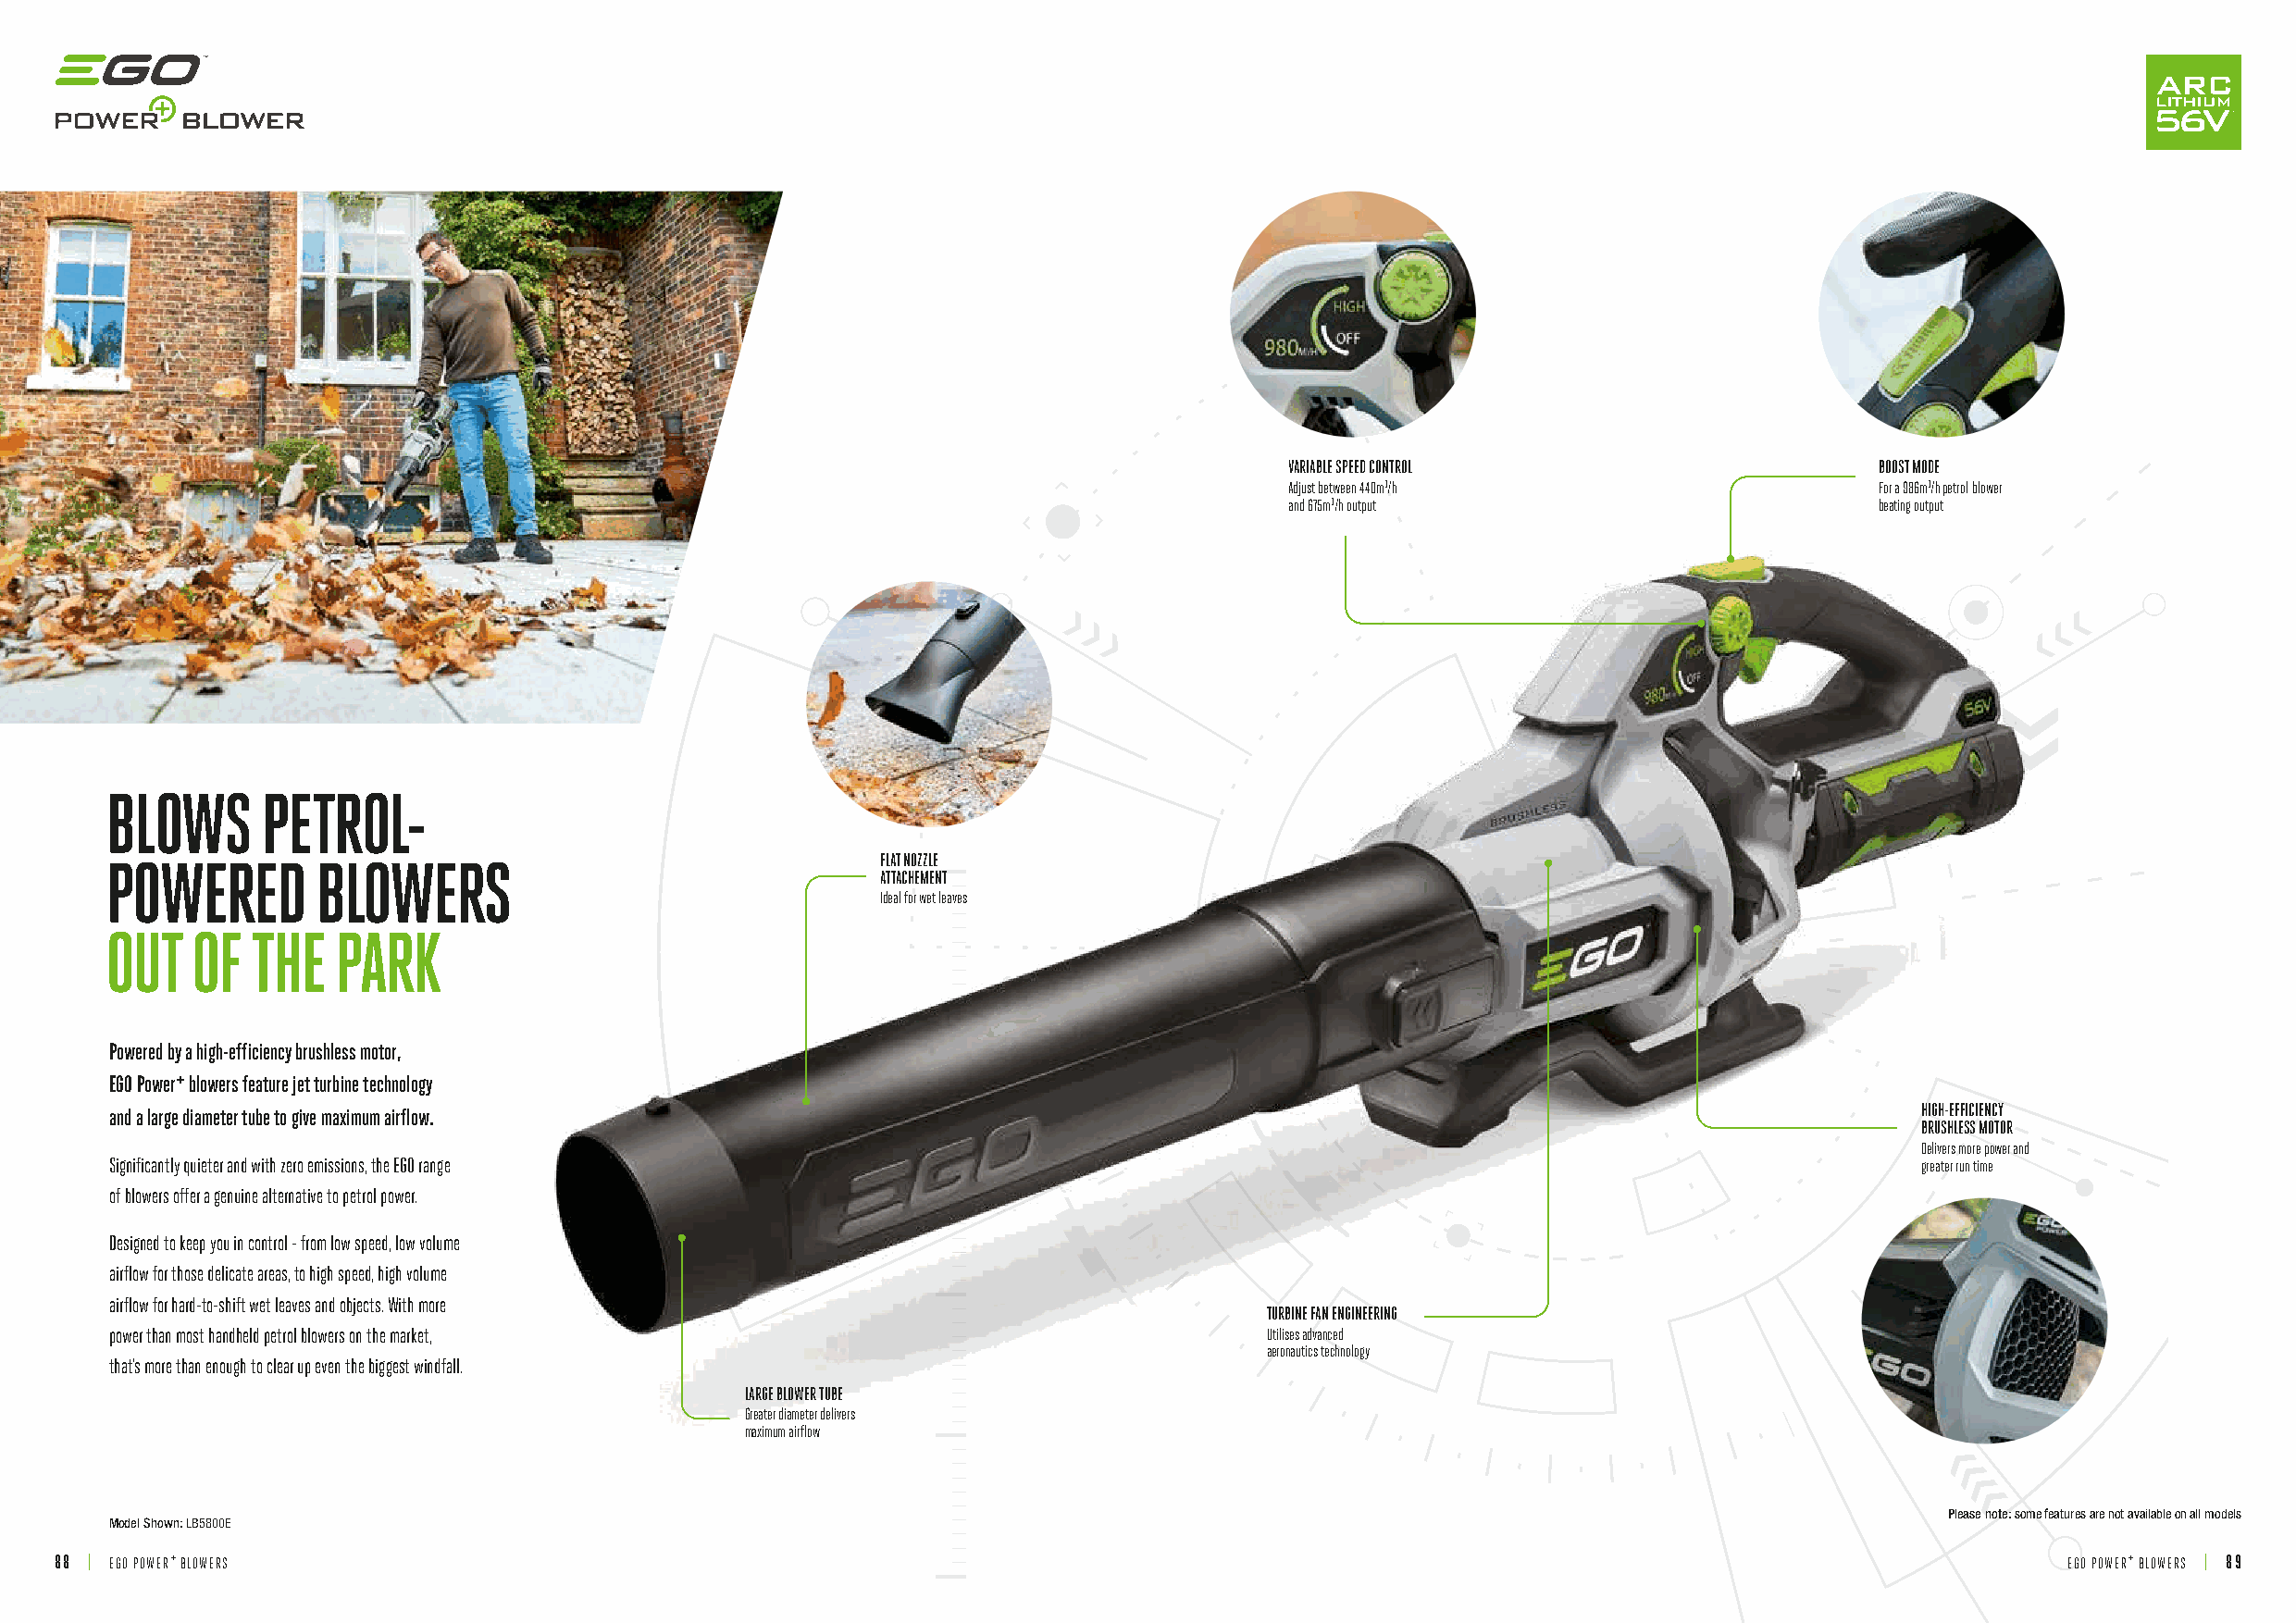
VARIABLE SPEED CONTROL                    BOOST MODE
 Adjust between 440m3/h                    For a 986m3/h petrol-blower
 and 675m3/h output                        beating output
 BLOWS      PETROL-
 POWERED        BLOWERS                                 FLAT NOZZLE
 ATTACHEMENT
 Ideal for wet leaves
 OUT   OF  THE   PARK
 Powered by a high-efficiency brushless motor,
 EGO Power+ blowers feature jet turbine technology
 and a large diameter tube to give maximum airflow.                                                                               HIGH-EFFICIENCY
 BRUSHLESS MOTOR
 Delivers more power and
 Significantly quieter and with zero emissions, the EGO range                                                                     greater run time
 of blowers offer a genuine alternative to petrol power.
 Designed to keep you in control - from low speed, low volume
 airflow for those delicate areas, to high speed, high volume
 airflow for hard-to-shift wet leaves and objects. With more
 TURBINE FAN ENGINEERING
 power than most handheld petrol blowers on the market,                             Utilises advanced
 aeronautics technology
 that’s more than enough to clear up even the biggest windfall.
 LARGE BLOWER TUBE
 Greater diameter delivers
 maximum airflow
 Please note: some features are not available on all models
 Model Shown: LB5800E
 88 | EGO POWER+ BLOWERS                                                                                                                         EGO POWER+ BLOWERS | 89